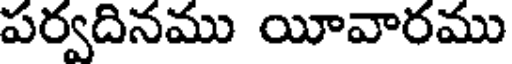
పర్వదినము యీవారము